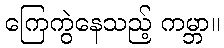
ကြေကွဲနေသည့် ကမ္ဘာ။